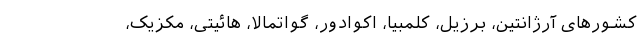
کشور‌های آرژانتین، برزیل، کلمبیا، اکوادور، گواتمالا، هائیتی، مکزیک،